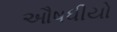
ઔષધીયો